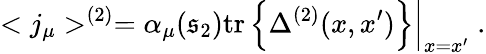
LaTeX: <j_{\mu}>^{(2)}=\alpha_{\mu}(\mathfrak{s}_{2})\left.\mathrm{{tr}}\left\{ \Delta^{(2)}(x,x^{\prime})\right\} \right|_{x=x^{\prime}}\; .